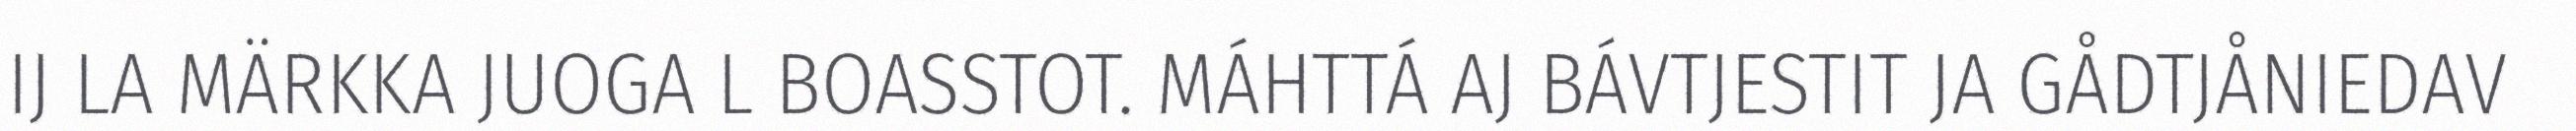
IJ LA MÄRKKA JUOGA L BOASSTOT. MÁHTTÁ AJ BÁVTJESTIT JA GÅDTJÅNIEDAV